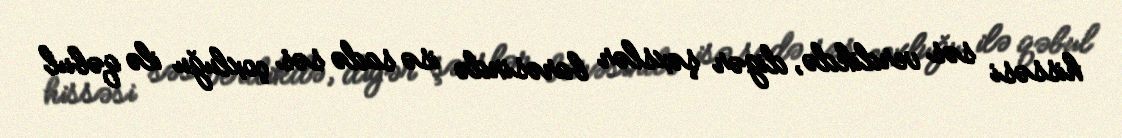
hissəsi səs verdikdə, digər şəxslər barəsində isə sadə səs çoxluğu ilə qəbul